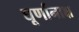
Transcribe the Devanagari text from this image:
घूर्णानाक्ष